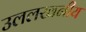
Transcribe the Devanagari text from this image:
उललखनीय